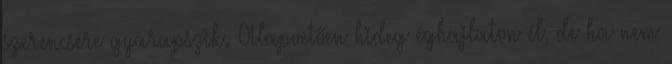
szerencsére gyarapszik. Alapvetően hideg éghajlaton él, de ha nem